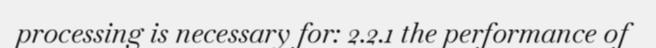
processing is necessary for: 2.2.1 the performance of